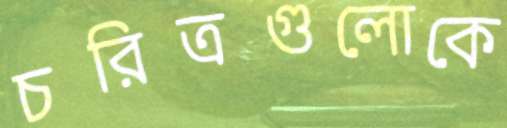
চরিত্রগুলোকে